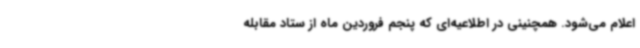
اعلام می‌شود. همچنینی در اطلاعیه‌ای که پنجم فروردین ماه از ستاد مقابله